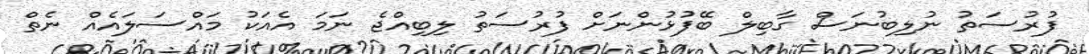
ފުރުސަތު ނުލިބުނަސް ގާބިލް ބޭފުޅުންނަށް ފުރުސަތު ލިބިއްޖެ ނަމަ އެއަކު މައްސަލައެއް ނެތް